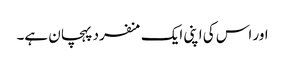
اور اس کی اپنی ایک منفرد پہچان ہے۔